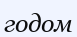
годом